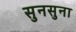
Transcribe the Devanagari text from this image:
सुनसुना